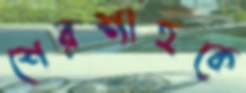
শেরশাহকে